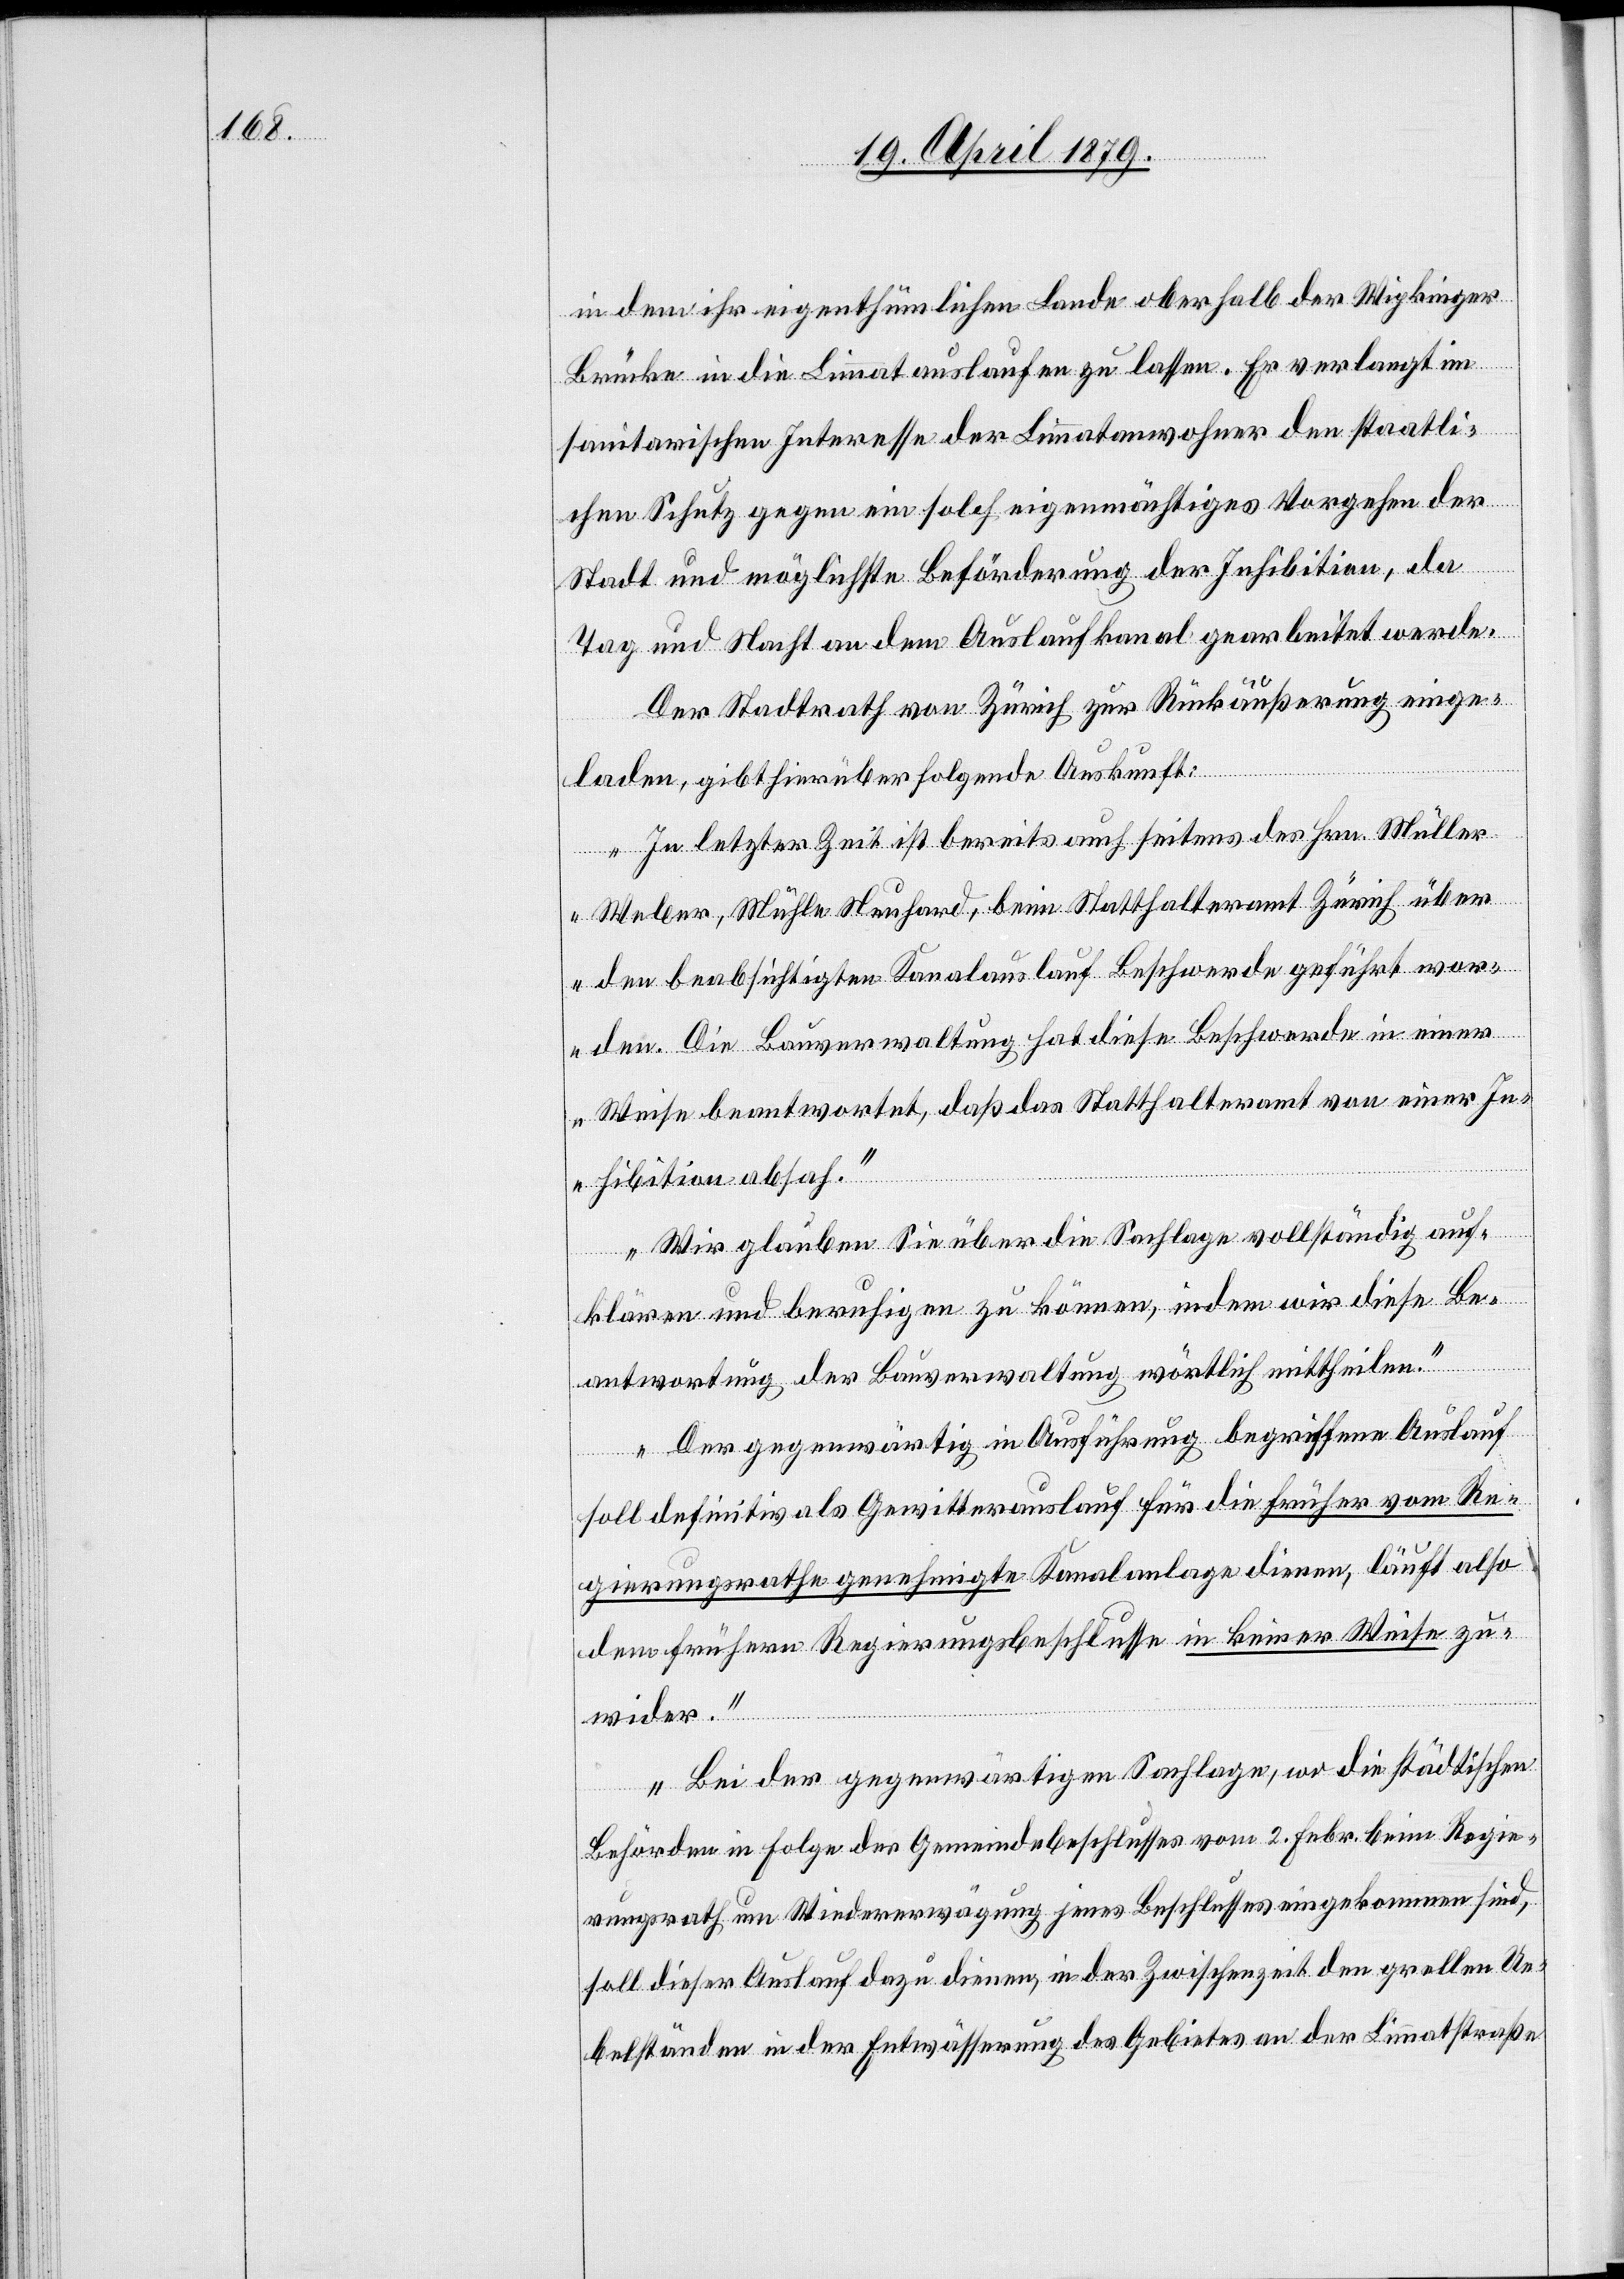
in dem ihr eigenthümlichen Lande oberhalb der Wipkinger
Brücke in die Limmat auslaufen zu lassen. Er verlangt im
sanitarischen Interesse der Limmatanwohner den staatli¬
chen Schutz gegen ein solch eigenmächtiges Vorgehen der
Stadt und möglichste Beförderung der Inhibition, da
Tag und Nacht an dem Auslaufkanal gearbeitet werde.
Der Stadtrath von Zürich zur Rückäußerung einge¬
laden, gibt hierüber folgende Auskunft:
„In letzter Zeit ist bereits auch seitens des Hrn. Müller
Weber, Mühle Neuhard, beim Statthalteramt Zürich über
den beabsichtigten Kanalauslauf Beschwerde geführt wor¬
den. Die Bauverwaltung hat diese Beschwerde in einer
Weise beantwortet, daß das Statthalteramt von einer In¬
hibition absah.“
„Wir glauben Sie über die Sachlage vollständig auf¬
klären und beruhigen zu können, indem wir diese Be¬
antwortung der Bauverwaltung wörtlich mittheilen.“
„Der gegenwärtig in Ausführung begriffene Auslauf
soll definitiv als Gewitterauslauf für die früher vom Re¬
gierungsrathe genehmigte Kanalanlage dienen, läuft also
dem frühern Regierungsbeschlusse in keiner Weise zu¬
wider.“
„Bei der gegenwärtigen Sachlage, wo die städtischen
Behörden in Folge des Gemeindebeschlusses vom 2. Febr. beim Regie¬
rungsrath um Wiedererwägung jenes Beschlusses eingekommen sind,
soll dieser Auslauf dazu dienen, in der Zwischenzeit den grellen Ue¬
belständen in der Entwässerung des Gebietes an der Limmatstraße